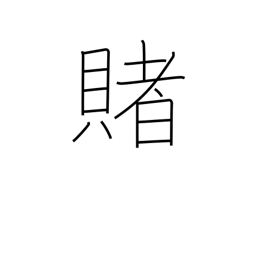
Meaning: wager